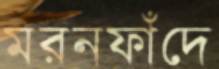
মরনফাঁদে